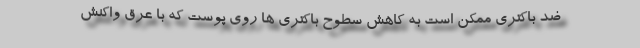
ضد باکتری ممکن است به کاهش سطوح باکتری ها روی پوست که با عرق واکنش